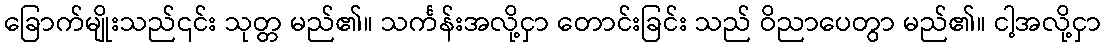
ခြောက်မျိုးသည်၎င်း သုတ္တ မည်၏။ သင်္ကန်းအလို့ငှာ တောင်းခြင်း သည် ဝိညာပေတွာ မည်၏။ ငါ့အလို့ငှာ